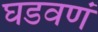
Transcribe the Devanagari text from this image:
घडवणं